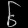
Digit: ၆